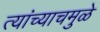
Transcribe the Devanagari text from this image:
त्यांच्याचमुळे